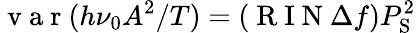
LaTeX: \mathrm{~v~a~r~}(h\nu_{0}A^{2}/T)=(\mathrm{~R~I~N~}\Delta f)P_{\mathrm{S}}^{2}